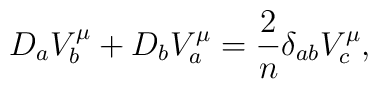
D_a V^\mu_b + D_b V^\mu_a = {2\over n} \delta_{ab} V^\mu_c,